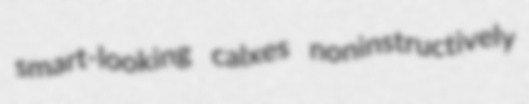
smart-looking calxes noninstructively